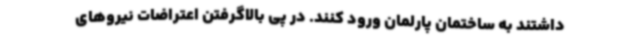
داشتند به ساختمان پارلمان ورود کنند. در پی بالاگرفتن اعتراضات نیروهای